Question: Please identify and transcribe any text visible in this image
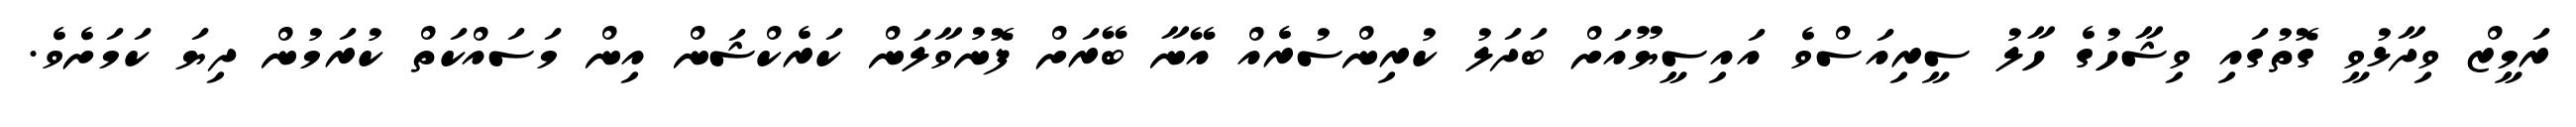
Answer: ރަމީޒް ވިދާޅުވީ ގޮތުގައި ވިޝާހުގެ ހާލު ސީރިއަސްވެ އައިސީޔޫއަށް ބަދަލު ކުރިންސުރެއް އޭނާ ބޭރަށް ފޮނުވާލަން ކަރެކްޝަން އިން މަސައްކަތް ކުރަމުން ދިޔަ ކަމަށެވެ.